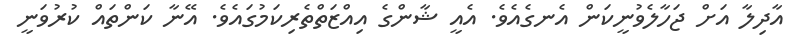
އާދިލާ އަށް ޖަހާލެވުނީކަން އެނގެއެވެ. އެއީ ޝާންގެ އިއްޒަތްތެރިކަމުގައެވެ. އޭނާ ކަންތައް ކުރުވަނީ